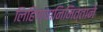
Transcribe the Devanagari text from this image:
लिहिण्यानिमित्ताने